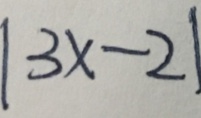
\vert 3 x - 2 \vert